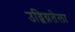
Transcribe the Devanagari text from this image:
उद्विग्नतेला